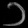
Digit: ၁